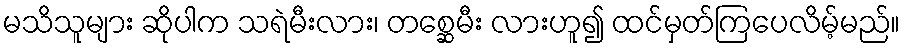
မသိသူများ ဆိုပါက သရဲမီးလား၊ တစ္ဆေမီး လားဟူ၍ ထင်မှတ်ကြပေလိမ့်မည်။